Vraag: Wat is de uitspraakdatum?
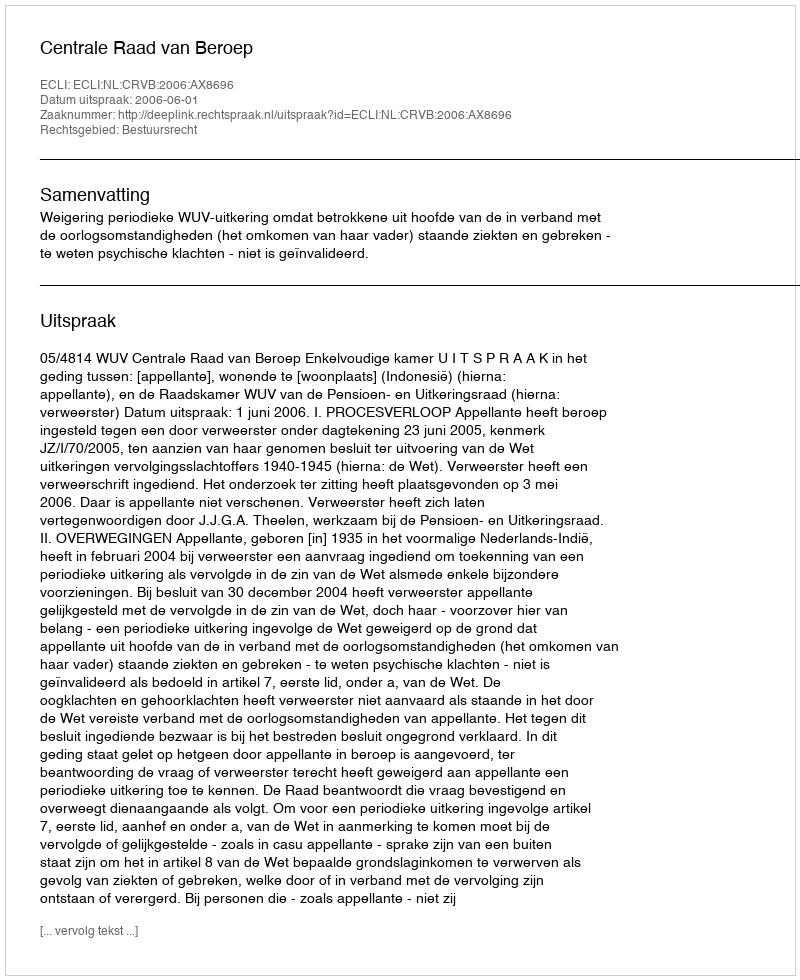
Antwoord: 2006-06-01